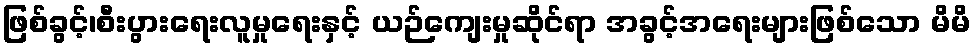
ဖြစ်ခွင့်၊စီးပွားရေးလူမှုရေးနှင့် ယဉ်ကျေးမှုဆိုင်ရာ အခွင့်အရေးများဖြစ်သော မိမိ